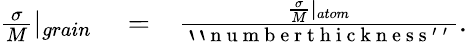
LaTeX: \begin{array}{rlr}{\frac{\sigma}{M}|_{grain}}&{{}=}&{\frac{\frac{\sigma}{M}|_{atom}}{\mathrm{~`~`~n~u~m~b~e~r~t~h~i~c~k~n~e~s~s~'~'~}}.}\end{array}